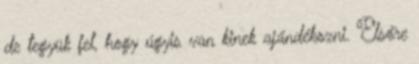
de tegyük fel, hogy úgyis van kinek ajándékozni. Elsőre